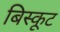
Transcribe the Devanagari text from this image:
बिस्कूट